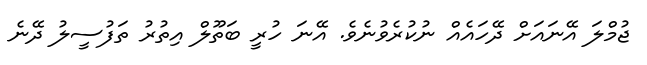
ޖުމްލަ އޭނައަށް ދޭހައެއް ނުކުރެވުނެވެ. އޭނަ ހުރީ ބަތޫލް އިތުރު ތަފުސީލު ދޭނެ